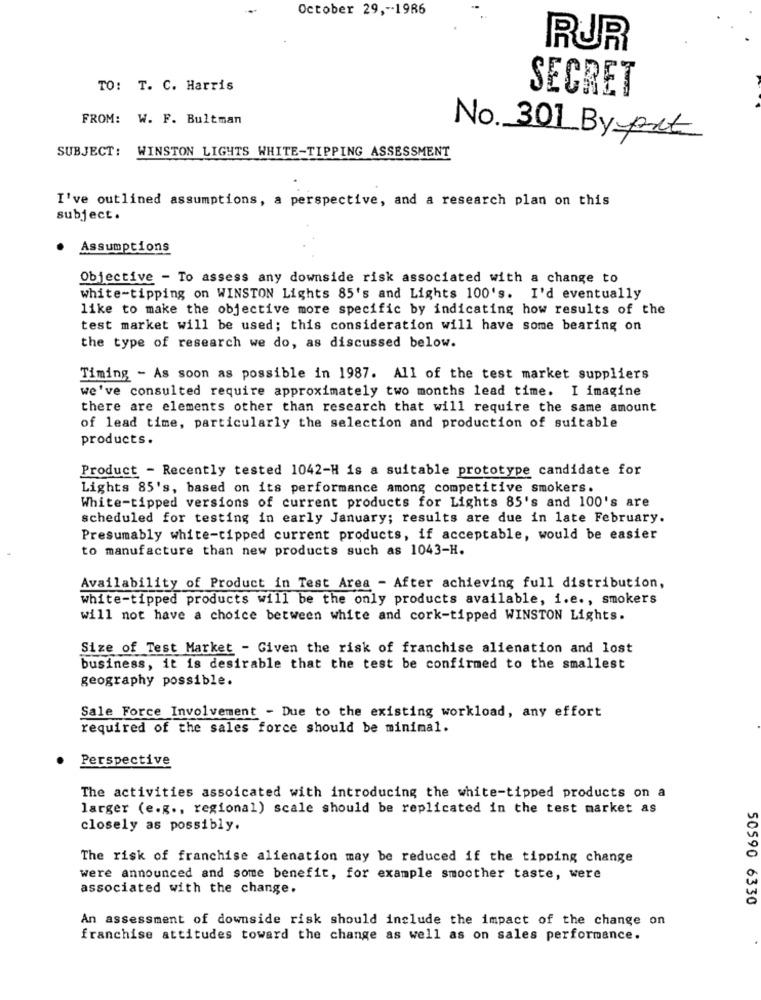
October 29 ,-- 1986
RUR
TO: T. C. Harris
SECRET
FROM: W. F. Bultman
No. 301 By put
SUBJECT: WINSTON LIGHTS WHITE-TIPPING ASSESSMENT
I've outlined assumptions, a perspective, and a research plan on this
subject.
Assumptions
Objective - To assess any downside risk associated with a change to
white-tipping on WINSTON Lights 85's and Lights 100's. I'd eventually
like to make the objective more specific by indicating how results of the
test market will be used; this consideration will have some bearing on
the type of research we do, as discussed below.
Timing - As soon as possible in 1987. All of the test market suppliers
we've consulted require approximately two months lead time. I imagine
there are elements other than research that will require the same amount
of lead time, particularly the selection and production of suitable
products.
Product - Recently tested 1042-H is a suitable prototype candidate for
Lights 85's, based on its performance among competitive smokers.
White-tipped versions of current products for Lights 85's and 100's are
scheduled for testing in early January; results are due in late February.
Presumably white-tipped current products, if acceptable, would be easier
to manufacture than new products such as 1043-H.
Availability of Product in Test Area - After achieving full distribution,
white-tipped products will be the only products available, i.e ., smokers
will not have a choice between white and cork-tipped WINSTON Lights.
Size of Test Market - Given the risk of franchise alienation and lost
business, it is desirable that the test be confirmed to the smallest
geography possible.
Sale Force Involvement - Due to the existing workload, any effort
required of the sales force should be minimal.
Perspective
The activities assoicated with introducing the white-tipped products on a
larger (e.g ., regional) scale should be replicated in the test market as
closely as possibly.
The risk of franchise alienation may be reduced if the tipping change
were announced and some benefit, for example smoother taste, were
associated with the change.
50590 6330
An assessment of downside risk should include the impact of the change on
franchise attitudes toward the change as well as on sales performance.